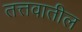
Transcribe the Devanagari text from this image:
तत्तवातील